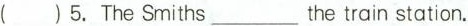
( ) .TheSmiths___the train station.